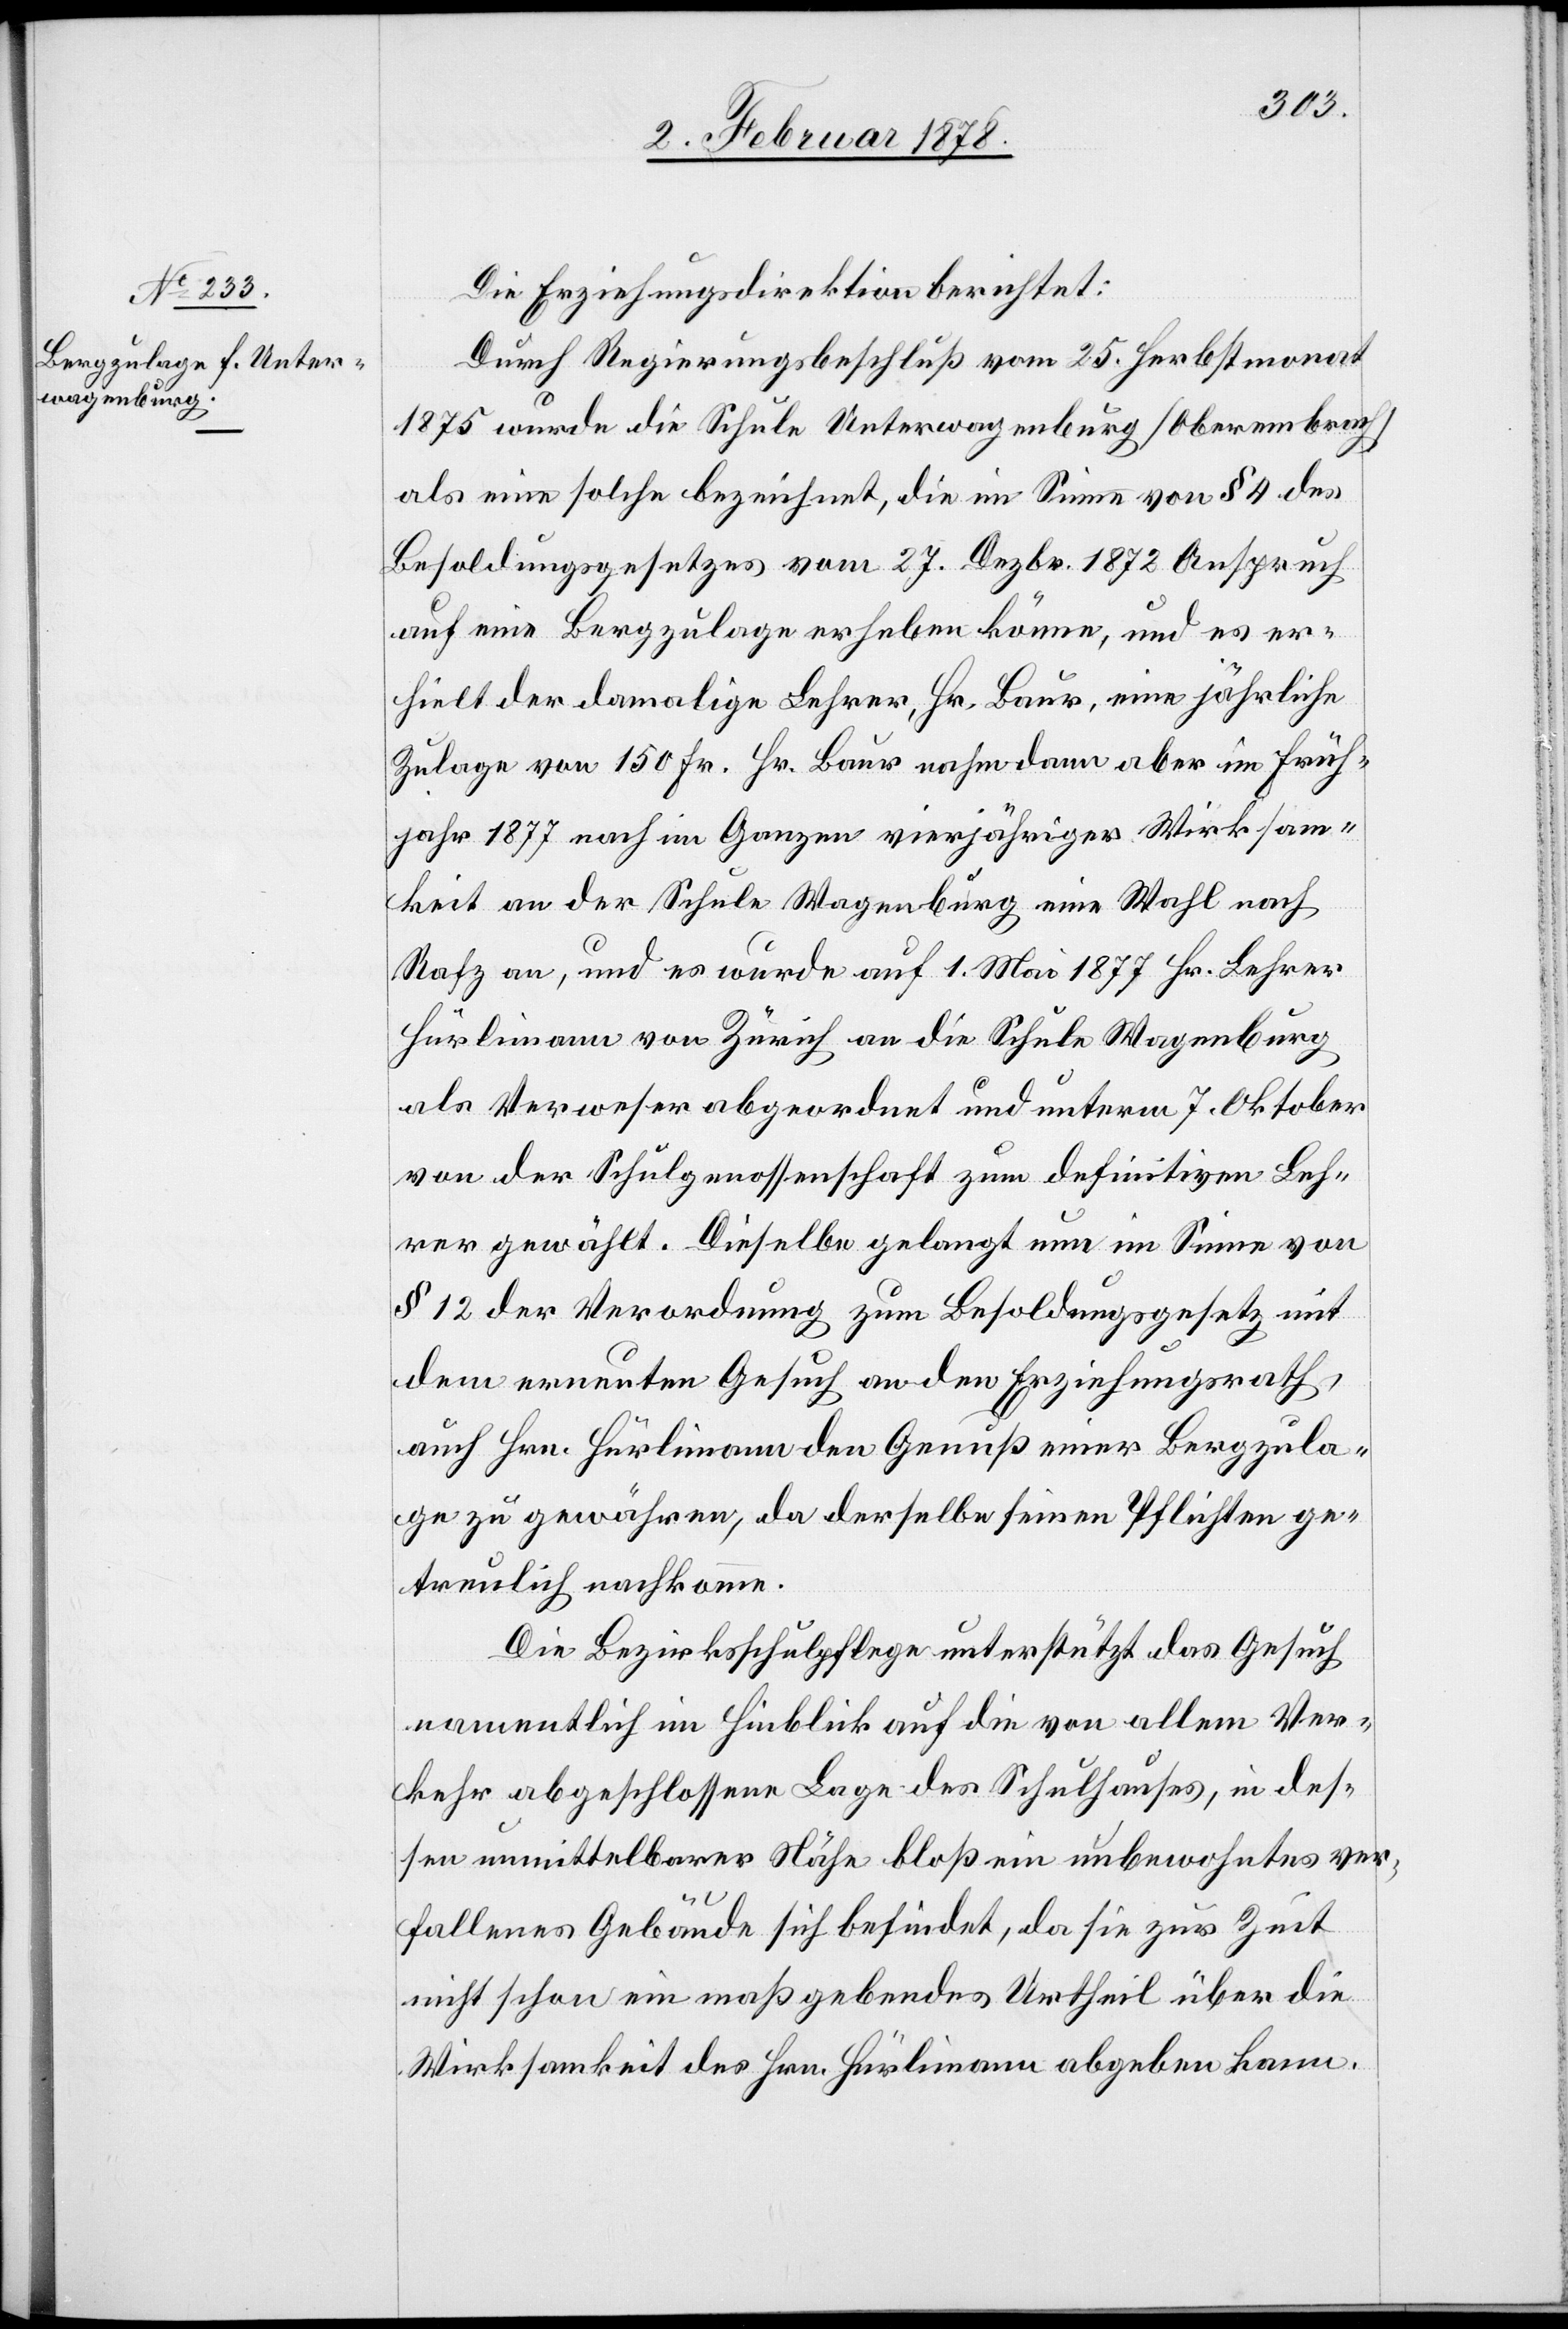
Die Erziehungsdirektion berichtet:
Durch Regierungsbeschluß vom 25. Herbstmonat
1875 wurde die Schule Unterwagenburg (Oberembrach)
als eine solche bezeichnet, die im Sinne von § 4 des
Besoldungsgesetzes vom 27. Dezbr. 1872 Anspruch
auf eine Bergzulage erheben könne, und es er¬
hielt der damalige Lehrer, Hr. Baur, eine jährliche
Zulage von 150 Fr. Hr. Baur nahm dann aber im Früh¬
jahr 1877 nach im Ganzen vierjähriger Wirksam¬
keit an der Schule Wagenburg eine Wahl nach
Rafz an, und es wurde auf 1. Mai 1877 Hr. Lehrer
Hürlimann von Zürich an die Schule Wagenburg
als Verweser abgeordnet und unterm 7. Oktober
von der Schulgenossenschaft zum definitiven Leh¬
rer gewählt. Dieselbe gelangt nun im Sinne von
§ 12 der Verordnung zum Besoldungsgesetz mit
dem erneuten Gesuch an den Erziehungsrath,
auch Hrn. Hürlimann den Genuß einer Bergzula¬
ge zu gewähren, da derselbe seinen Pflichten ge¬
treulich nachkomme.
Die Bezirksschulpflege unterstützt das Gesuch
namentlich im Hinblick auf die von allen Ver¬
kehr abgeschlossene Lage des Schulhauses, in des¬
sen unmittelbarer Nähe bloß ein unbewohntes ver¬
fallenes Gebäude sich befindet, da sie zur Zeit
nicht schon ein maßgebendes Urtheil über die
Wirksamkeit des Hrn. Hürlimann abgeben kann.